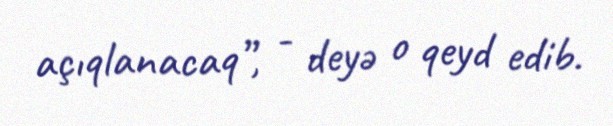
açıqlanacaq”, - deyə o qeyd edib.